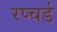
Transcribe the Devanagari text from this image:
रप्चर्ड